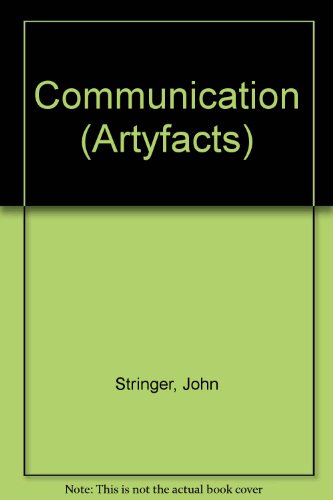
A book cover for Communication (Artyfacts); John Stringer; Children's Books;